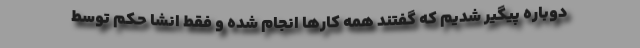
دوباره پیگیر شدیم که گفتند همه کارها انجام شده و فقط انشا حکم توسط